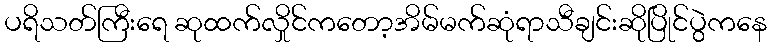
ပရိသတ်ကြီးရေ ဆုထက်လှိုင်ကတော့အိမ်မက်ဆုံရာသီချင်းဆိုပြိုင်ပွဲကနေ